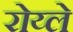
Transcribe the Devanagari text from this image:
रोय्ले